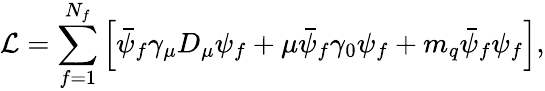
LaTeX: {\cal L}=\sum_{f=1}^{N_{f}}\left[\bar{\psi}_{f}\gamma_{\mu}D_{\mu}\psi_{f}+\mu\bar{\psi}_{f}\gamma_{0}\psi_{f}+m_{q}\bar{\psi}_{f}\psi_{f}\right],